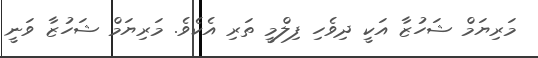
މަރިޔަމް ޝަހުޒާ އަކީ ދިވެހި ފިލްމީ ތަރި އެކެވެ. މަރިޔަމް ޝަހުޒާ ވަނީ